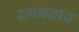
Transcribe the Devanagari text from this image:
दमवतात